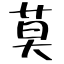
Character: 莫